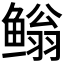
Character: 𮬢